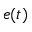
e ( t )